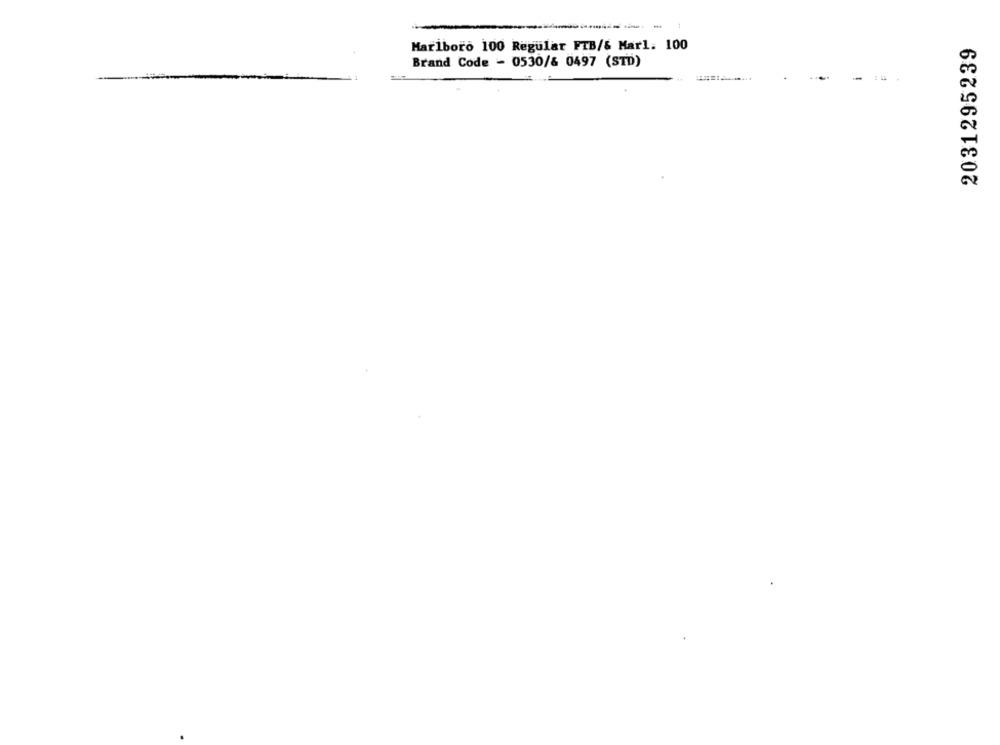
2031295239
Marlboro 100 Regular FTB/& Marl. 100
Brand Code - 0530/& 0497 (STD)